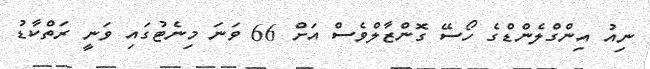
ނިއު އިންގްލެންޑްގެ ހޯސޭ ގޮންޒާލްވެސް އަށް 66 ވަނަ މިނެޓުގައި ވަނީ ރަތްކާޑު